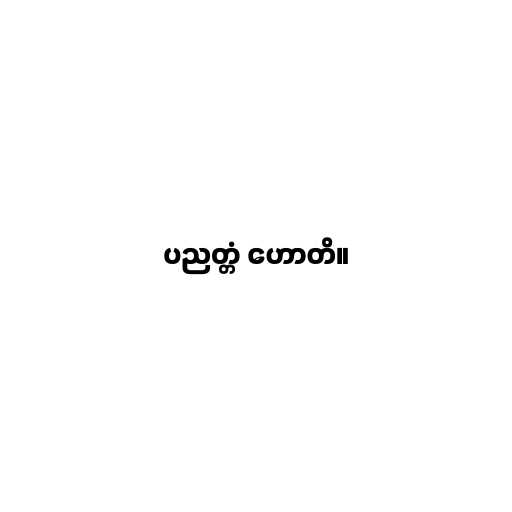
ပညတ္တံ ဟောတိ။